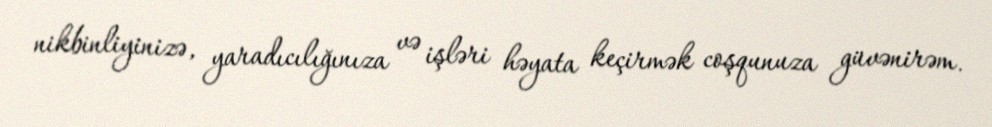
nikbinliyinizə, yaradıcılığınıza və işləri həyata keçirmək coşqunuza güvənirəm.